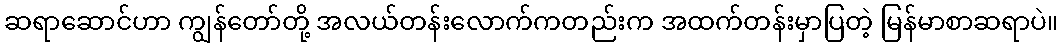
ဆရာဆောင်ဟာ ကျွန်တော်တို့ အလယ်တန်းလောက်ကတည်းက အထက်တန်းမှာပြတဲ့ မြန်မာစာဆရာပဲ။